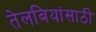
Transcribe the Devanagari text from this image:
तेलबियांसाठी